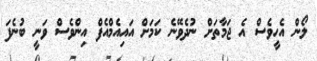
ލޯން އެހީވެސް އެ ޖަމާތަށް ނުދެވޭނެ ކަމަށް އައިއެމްއެފް އިންވެސް ވަނީ ބުނެފަ